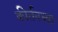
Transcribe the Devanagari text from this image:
कीर्तनच्या